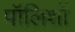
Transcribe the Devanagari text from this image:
पॉलिशों